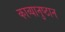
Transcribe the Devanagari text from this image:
काव्यानुष्ठान